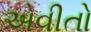
એવીતો